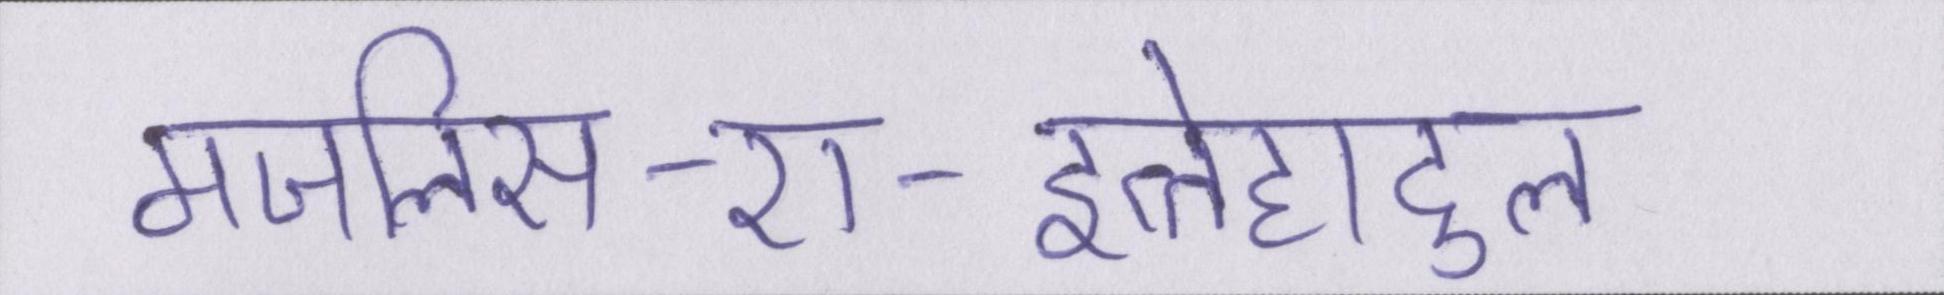
मजलिस-ए-इत्तेहादुल